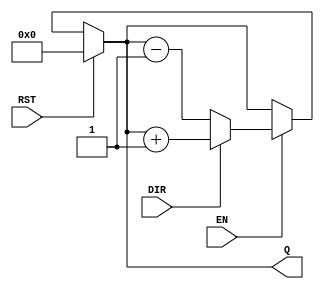
module async_counter #(
    parameter WIDTH = 4 // Configure the bit width (3 to 8 bits)
)(
    input wire EN,        // Enable signal
    input wire DIR,       // Count direction (1 for up, 0 for down)
    input wire RST,       // Asynchronous reset
    output reg [WIDTH-1:0] Q // Count value output
);

    // Internal signals
    reg [WIDTH-1:0] next_Q;

    // Asynchronous reset and counter logic
    always @* begin
        if (RST) begin
            next_Q = 0; // Reset the counter to zero
        end else if (EN) begin
            if (DIR) begin
                next_Q = Q + 1; // Counting up
            end else begin
                next_Q = Q - 1; // Counting down
            end
        end else begin
            next_Q = Q; // Maintain current state if not enabled
        end
    end

    // Asynchronous update of counter value
    always @(RST or next_Q) begin
        if (RST) begin
            Q <= 0; // Reset counter without clock
        end else begin
            Q <= next_Q; // Update count
        end
    end

endmodule